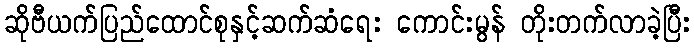
ဆိုဗီယက်ပြည်ထောင်စုနှင့်ဆက်ဆံရေး ကောင်းမွန် တိုးတက်လာခဲ့ပြီး